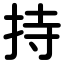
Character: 持